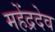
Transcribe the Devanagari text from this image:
महेंद्रदेव